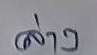
ล่าง